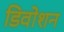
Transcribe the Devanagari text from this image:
डिवोशन